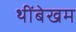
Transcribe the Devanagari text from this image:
थींबेखम